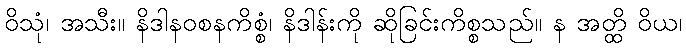
ဝိသုံ၊ အသီး။ နိဒါနဝစနကိစ္စံ၊ နိဒါန်းကို ဆိုခြင်းကိစ္စသည်။ န အတ္ထိ ဝိယ၊